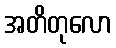
အတိတုလော